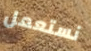
نستعمل